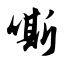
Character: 嘶